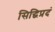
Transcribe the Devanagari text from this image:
सिद्धिप्रदं